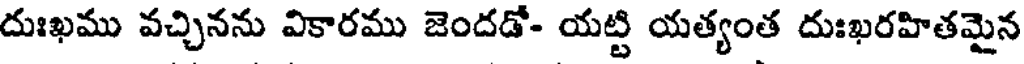
దుఃఖము వచ్చినను వికారము జెందడో- యట్టి యత్యంత దుఃఖరహితమైన